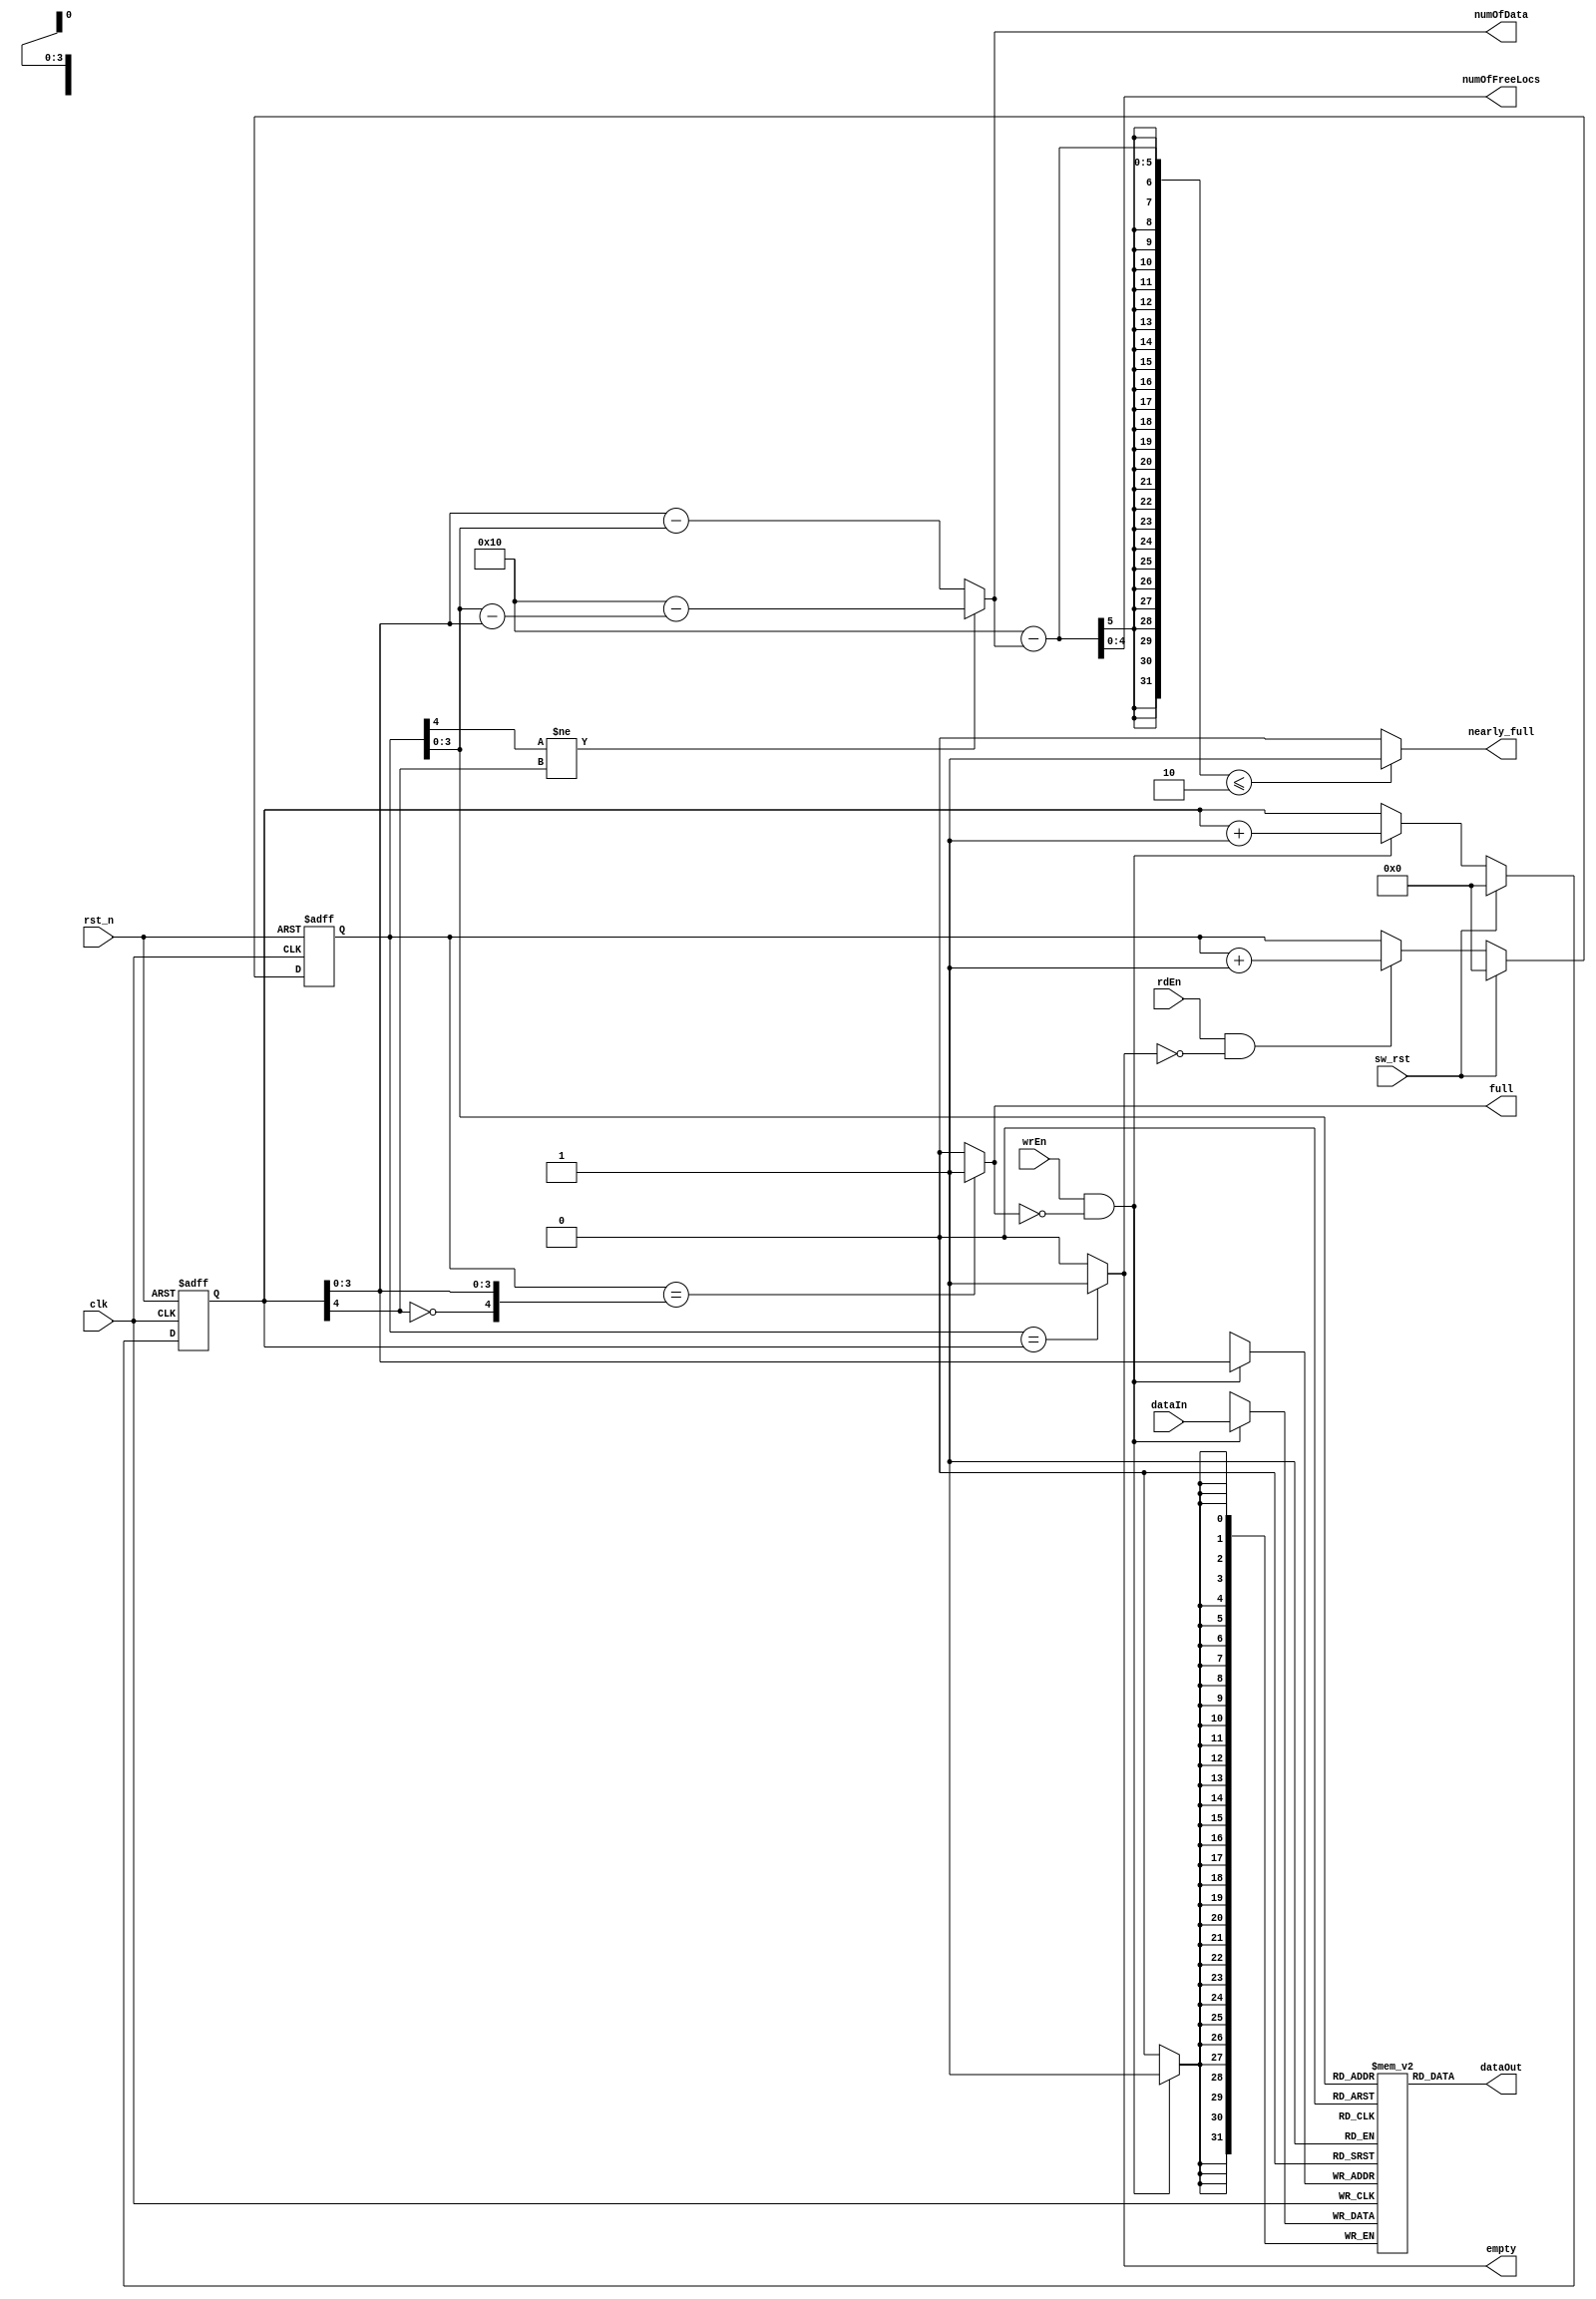
`timescale 1ns / 1ps

//-------------------------------------------------------------------
// Copyright  2012 TECHVULCAN, Inc. All rights reserved.		   
// TechVulcan Confidential and Proprietary
// Not to be used, copied reproduced in whole or in part, nor	   
// its contents		                  
// revealed in any manner to others without the express written      
// permission   of TechVulcan                   
// Licensed Material.                     
// Program Property of TECHVULCAN Incorporated.   
// ------------------------------------------------------------------
// AUTHOR EMAIL   : sanjeeva.n@techvulcan.com
// VERSION        : 0.3
//-------------------------------------------------------------------

// TODO fixes in 0.3 
// one more signal is added now numOfFreeLocs.

/********************************************************************/
// Update 0.2 fix
// numOfData logic is fixed for wrptr = rdptr and fifo full condition
//
/********************************************************************/
module uctl_syncFifo #(
   parameter   ADD_WIDTH          = 4,
               DATA_WIDTH         = 32,
               NEAR_FULL_TH       = 2 // Near full threshold                 
)
(
   input  wire                      clk     ,
   input  wire                      rst_n   ,
   input  wire                      sw_rst  ,

   input  wire                      wrEn    ,
   input  wire                      rdEn    ,
   input  wire [DATA_WIDTH-1   : 0] dataIn  ,

   output wire                      full    ,
   output wire                      nearly_full ,
   output wire                      empty   ,
   output wire [DATA_WIDTH-1   : 0] dataOut ,
   output wire [ADD_WIDTH      : 0] numOfData,
   output wire [ADD_WIDTH      : 0] numOfFreeLocs
);

   localparam   DEPTH     = 2**ADD_WIDTH;

   //--------------------------------------
   // reg and wire declaration
   //--------------------------------------
   reg       [ADD_WIDTH     : 0] rd_ptr    ;
   reg       [ADD_WIDTH     : 0] wr_ptr    ;
   reg       [DATA_WIDTH-1  : 0] mem [0 : DEPTH - 1];

   //--------------------------------------
   // increment read/write pointer
   //--------------------------------------
   always @(posedge clk , negedge rst_n) begin
      if(!rst_n) begin
         wr_ptr <= {ADD_WIDTH+1{1'b0}};
         rd_ptr <= {ADD_WIDTH+1{1'b0}};
      end
      else if(sw_rst)begin
         wr_ptr <= {ADD_WIDTH+1{1'b0}};
         rd_ptr <= {ADD_WIDTH+1{1'b0}};
      end
      else begin
         if(wrEn && !full)begin
            wr_ptr <= wr_ptr+1'b1;
         end
         if(rdEn && !empty)begin            
            rd_ptr <= rd_ptr+1'b1;
         end 
      end
   end

   //--------------------------------------
   // output unregistered
   //--------------------------------------
   assign dataOut =  mem[rd_ptr[ADD_WIDTH-1:0]];
   assign numOfData = ( rd_ptr[ADD_WIDTH] != wr_ptr[ADD_WIDTH]) ? (DEPTH-(rd_ptr[ADD_WIDTH-1:0] - wr_ptr[ADD_WIDTH-1:0])) :
                      (wr_ptr[ADD_WIDTH-1:0] - rd_ptr[ADD_WIDTH-1:0]);
   assign numOfFreeLocs = (DEPTH - numOfData);

   //--------------------------------------
   // writing data into memory
   //--------------------------------------
   always @(posedge clk) begin  
      if(wrEn && !full)begin   
         mem[wr_ptr[ADD_WIDTH-1:0]] <= dataIn;
      end
   end

   //--------------------------------------
   // full and empty condition
   //--------------------------------------
   assign full          = ({rd_ptr[ADD_WIDTH],rd_ptr[ADD_WIDTH-1:0]}=={!wr_ptr[ADD_WIDTH],wr_ptr[ADD_WIDTH-1:0]}) ? 1'b1:1'b0;
   assign nearly_full   = (DEPTH - numOfData) <= NEAR_FULL_TH ? 1'b1 : 1'b0;
   assign empty         = ( rd_ptr==wr_ptr) ? 1'b1:1'b0;

endmodule